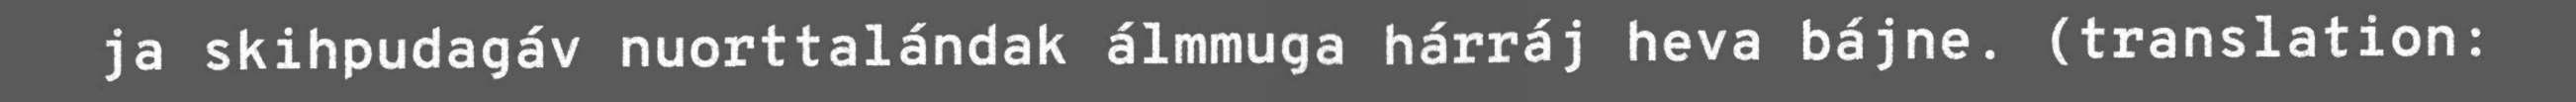
ja skihpudagáv nuorttalándak álmmuga hárráj heva bájne. (translation: